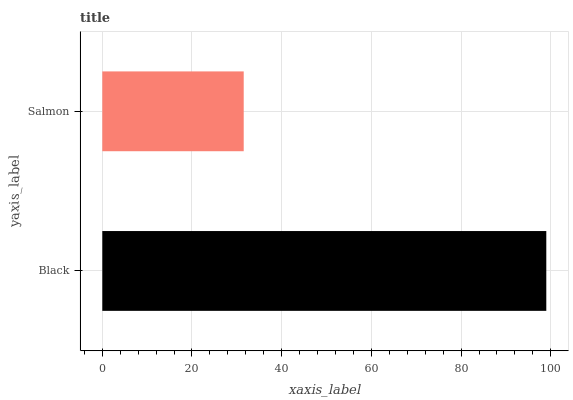
| yaxis_label | bars |
 | --- | --- |
 | Black | 99 |
 | Salmon | 31.5 |